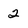
Character: 2